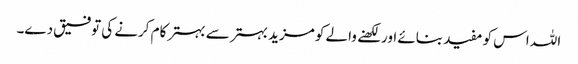
اللہ اس کو مفید بنائے اور لکھنے والے کو مزید بہتر سے بہتر کام کرنے کی توفیق دے۔